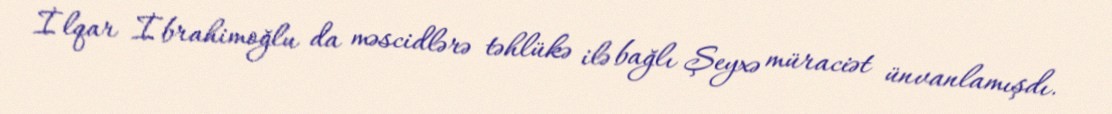
İlqar İbrahimoğlu da məscidlərə təhlükə ilə bağlı Şeyxə müraciət ünvanlamışdı.